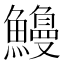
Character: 𫙿